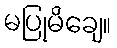
မပြုမိချေ။